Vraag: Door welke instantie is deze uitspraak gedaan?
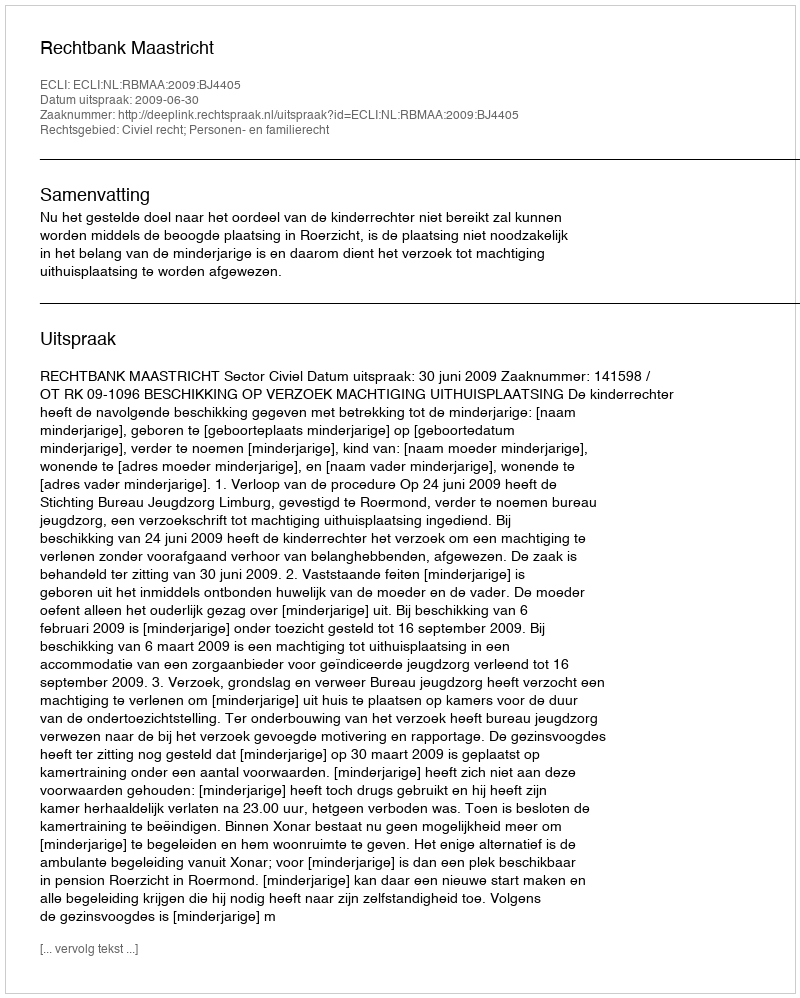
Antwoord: Rechtbank Maastricht